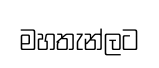
මහතැන්ලට